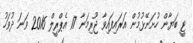
ޓީ ބަޔާން ހުށަނޭޅުމުން އަރައިފައިވާ ޖޫރިމަނާ 17 އެޕްރީލް 2016 ވަނަ ދުވަހު